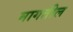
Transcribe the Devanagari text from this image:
मागतील